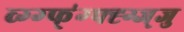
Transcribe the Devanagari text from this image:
व्ग्ग्फ्॑ग्फ्ह्ग्ज्जु